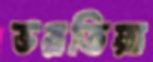
ভরতিয়া